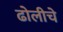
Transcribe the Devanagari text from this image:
ढोलीचे